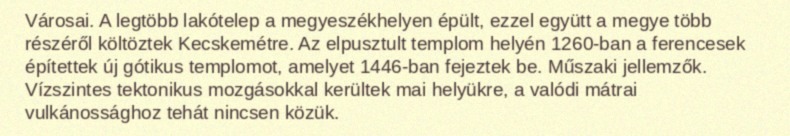
Városai. A legtöbb lakótelep a megyeszékhelyen épült, ezzel együtt a megye több részéről költöztek Kecskemétre. Az elpusztult templom helyén 1260-ban a ferencesek építettek új gótikus templomot, amelyet 1446-ban fejeztek be. Műszaki jellemzők. Vízszintes tektonikus mozgásokkal kerültek mai helyükre, a valódi mátrai vulkánossághoz tehát nincsen közük.